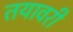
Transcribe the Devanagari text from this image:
तयावरी